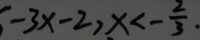
- 3 x - 2 , x < - \frac { 2 } { 3 } .